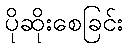
ပိုဆိုးစေခြင်း